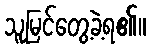
သူမြင်တွေ့ခဲ့ရ၏။